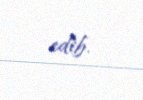
edib.